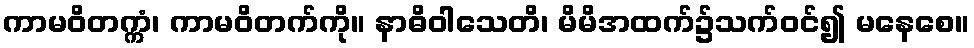
ကာမဝိတက္ကံ၊ ကာမဝိတက်ကို။ နာဓိဝါသေတိ၊ မိမိအထက်၌သက်ဝင်၍ မနေစေ။